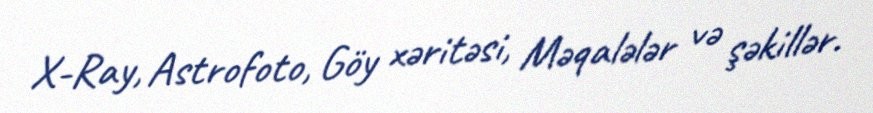
X-Ray, Astrofoto, Göy xəritəsi, Məqalələr və şəkillər.